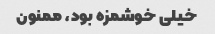
خیلی خوشمزه بود، ممنون